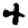
Digit: 4